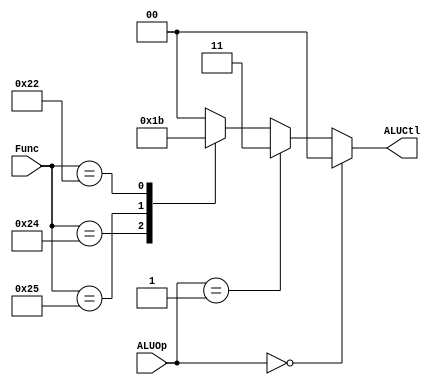
module ALUControl( ALUCtl, ALUOp, Func);  
    output reg[1:0] ALUCtl;  
    input [1:0] ALUOp;
    input [5:0] Func;
 
    always @(ALUOp, Func) begin  
        if(ALUOp == 0)
           ALUCtl = 0;    //LW and SW use add
        else if(ALUOp == 1)
           ALUCtl = 3;   // branch use subtract
        else
            case(Func)
                6'b100000: ALUCtl = 0; //add
                6'b100100: ALUCtl = 1; //and
                6'b100101: ALUCtl = 2; //or
                6'b100010: ALUCtl = 3; //sub
                default: ALUCtl =0;
            endcase
    end 
endmodule

/*
    00 add
    01 and
    10 or
    11 sub
*/